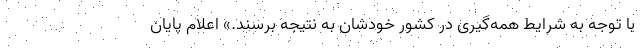
با توجه به شرایط همه‌گیری در کشور خودشان به نتیجه برسند.» اعلام پایان